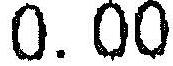
0.00